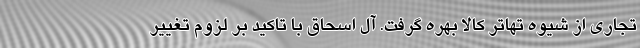
تجاری از شیوه تهاتر کالا بهره گرفت. آل اسحاق با تاکید بر لزوم تغییر